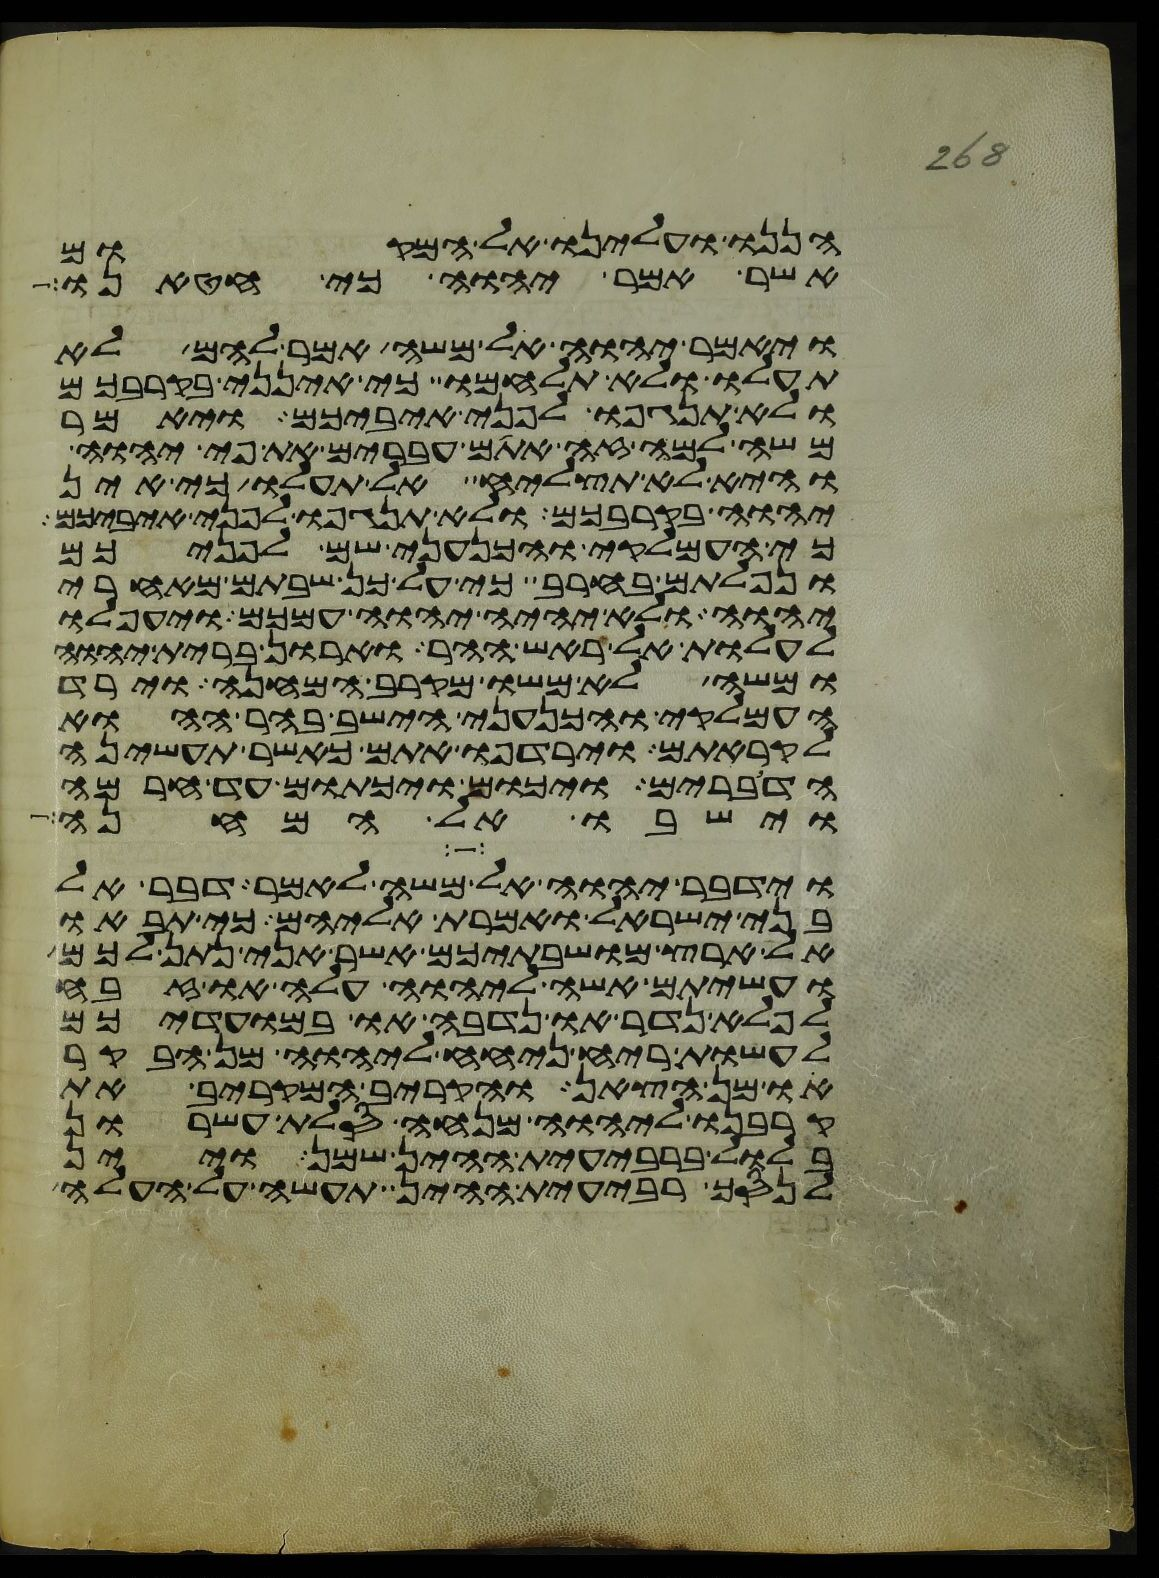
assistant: הננו ועלינו אל המקום
אשר אמר יהוה כי חטאנו
ויאמר יהוה אל משה אמר להם לא
תעלו ולא תלחמו כי אינני בקרבכם
ולא תנגפו לפני איביכם ויאמר
משה למה זה אתם עברים את פי יהוה
והיא לא תצליח אל תעלו כי אין
יהוה בקרבכם ולא תנגפו לפני איביכם
כי העמלקי והכנעני שם לפניכם
ונפלתם בחרב כי על כן שבתם מאחרי
יהוה ולא יהיה יהוה עמכם ויעפלו
לעלות אל ראש ההר וארון ברית יהוה
ומשה לא משו מקרב המחנה וירד
העמלקי והכנעני הישב בהר ההוא
לקראתם וירדפו אתם כאשר תעשינה
הדברים ויכום ויכתום עד חרמה
וישבו אל המחנה
וידבר יהוה אל משה לאמר דבר אל
בני ישראל ואמרת אליהם כי תבאו
אל ארץ מושבתיכם אשר אני נתן לכם
ועשיתם אשה ליהוה עלה או זבח
לפלא נדר או נדבה או במועדיכם
לעשות ריח ניחח ליהוה מן הבקר
או מן הצאן והקריב המקריב את
קרבנו ליהוה מנחה סלת עשרון
בלול ברבעית ההין שמן ויין
לנסך רבעית ההין תעשה על העלה